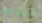
البهجة